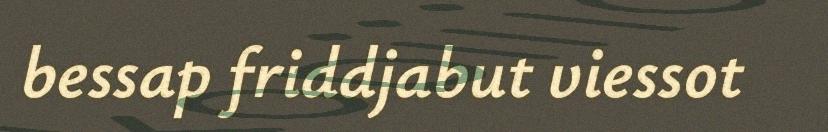
bessap friddjabut viessot